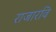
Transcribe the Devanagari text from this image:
राजारवि